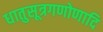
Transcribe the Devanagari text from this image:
धातुसूत्रगणोणादि